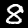
Label: 8